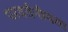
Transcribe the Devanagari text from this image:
परवर्तनीयता